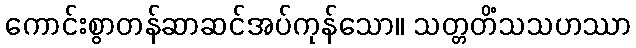
ကောင်းစွာတန်ဆာဆင်အပ်ကုန်သော။ သတ္တတိံသသဟဿာ